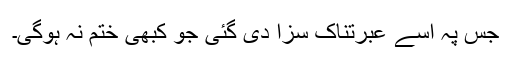
جس پہ اسے عبرتناک سزا دی گئی جو کبھی ختم نہ ہوگی۔